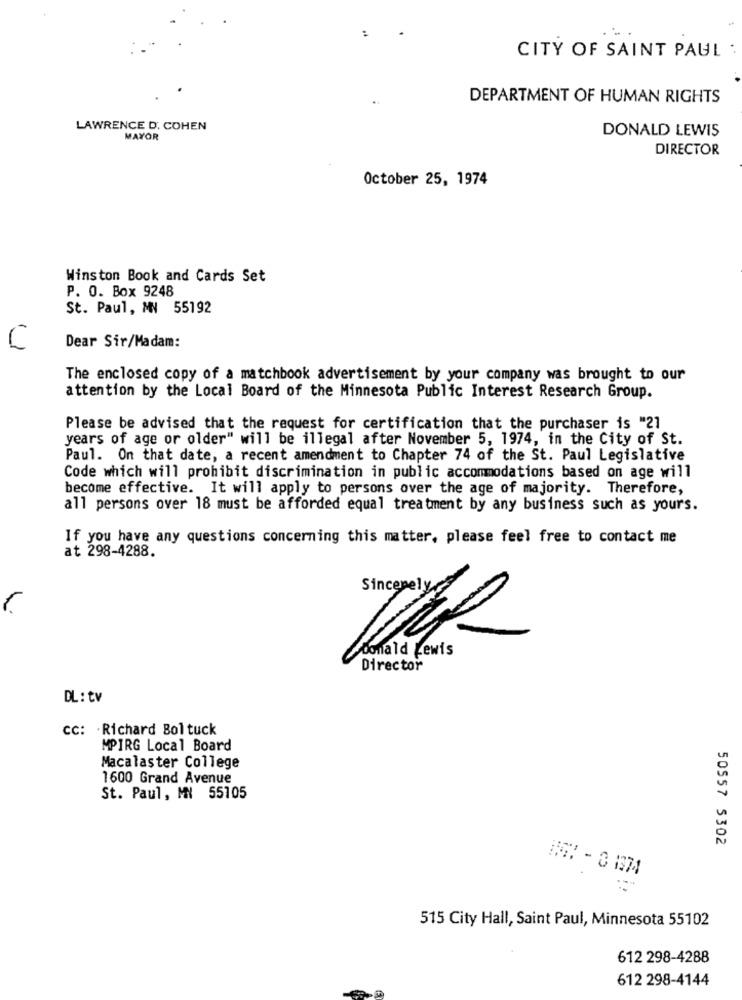
..
CITY OF SAINT PAUL :
DEPARTMENT OF HUMAN RIGHTS
LAWRENCE D. COHEN
DONALD LEWIS
MAYOR
DIRECTOR
October 25, 1974
Winston Book and Cards Set
P. O. Box 9248
St. Paul, MN 55192
Dear Sir/Madam:
C
The enclosed copy of a matchbook advertisement by your company was brought to our
attention by the Local Board of the Minnesota Public Interest Research Group.
Please be advised that the request for certification that the purchaser is "21
years of age or older" will be illegal after November 5, 1974, in the City of St.
Paul. On that date, a recent amendment to Chapter 74 of the St. Paul Legislative
Code which will prohibit discrimination in public accommodations based on age will
become effective. It will apply to persons over the age of majority. Therefore,
all persons over 18 must be afforded equal treatment by any business such as yours.
If you have any questions concerning this matter, please feel free to contact me
at 298-4288.
donald Lewis
Director
DL: tv
CC: Richard Bol tuck
MPIRG Local Board
Macalaster College
1600 Grand Avenue
St. Paul, MN 55105
50557 5302
NG: - 3 1374
515 City Hall, Saint Paul, Minnesota 55102
612 298-4288
612 298-4144